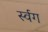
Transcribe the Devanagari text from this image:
र्स्वग